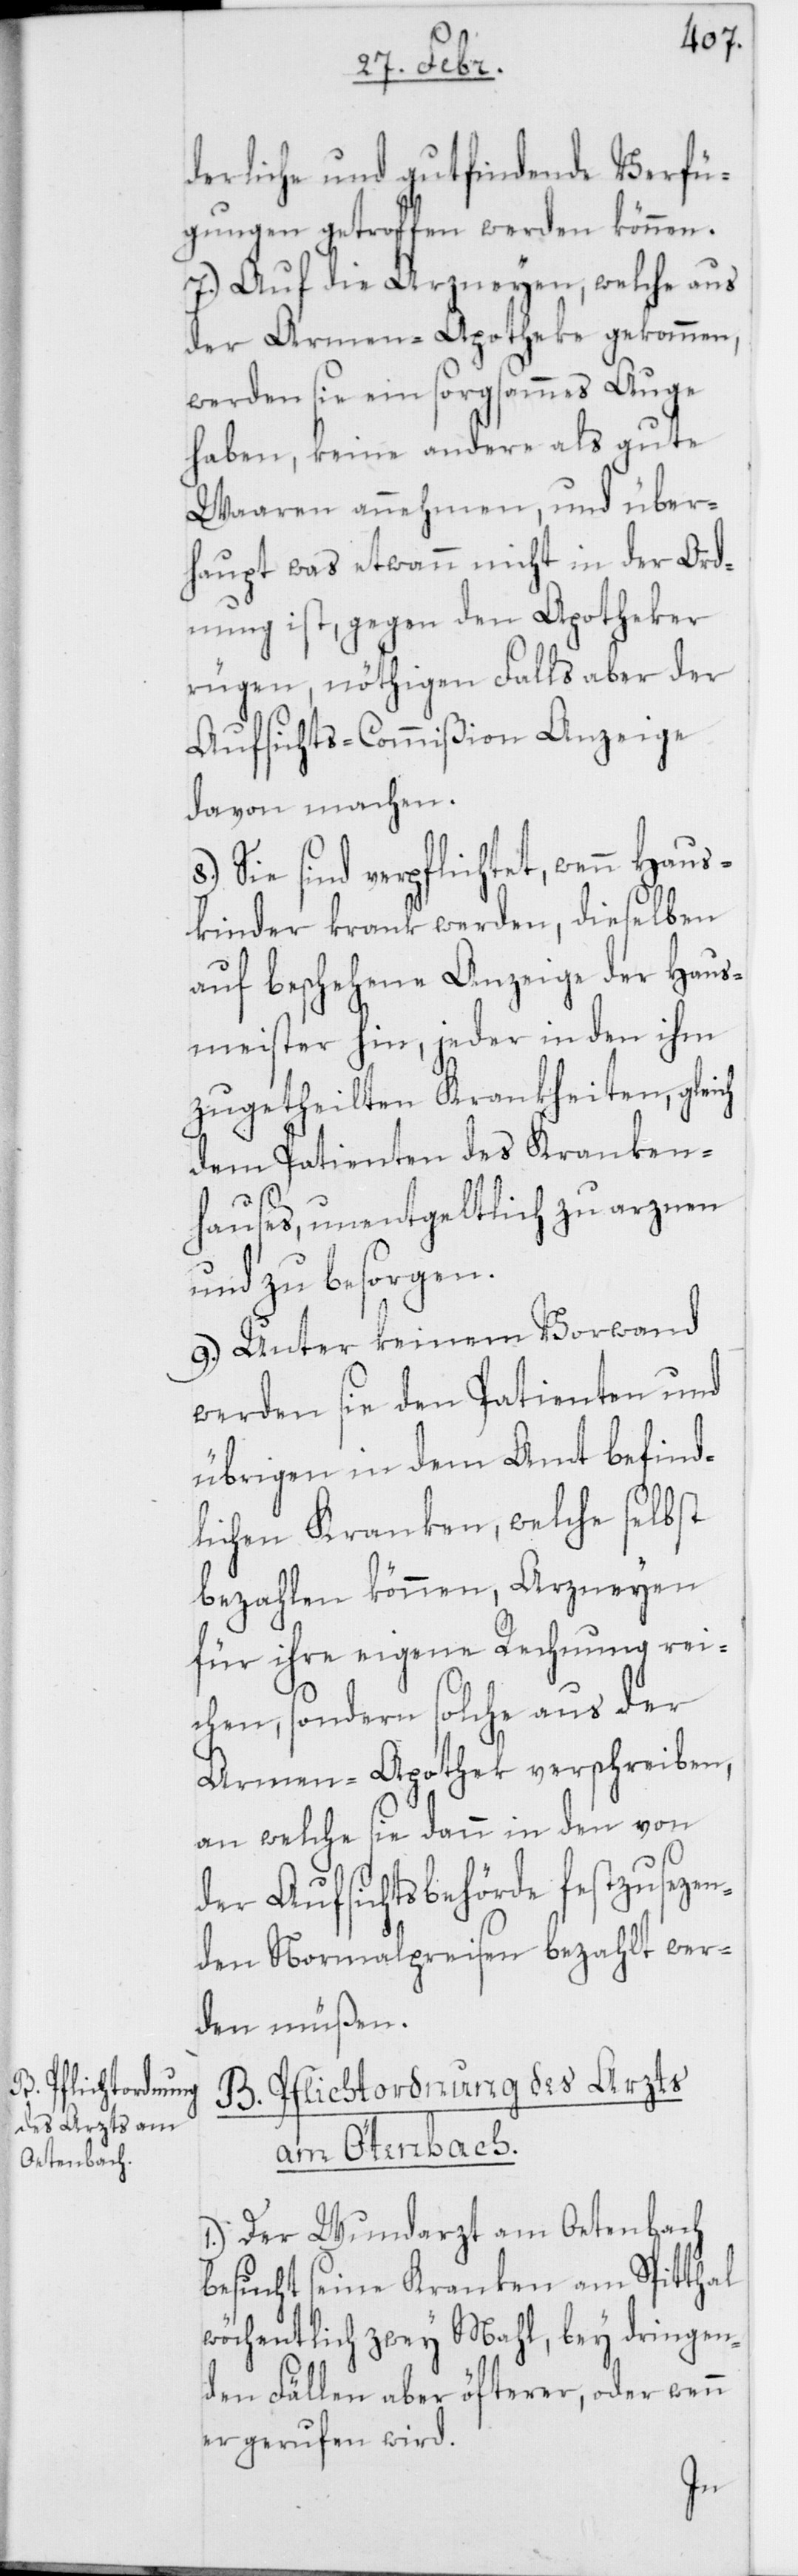
B. Pflichtordnung
des Arzts am
Ötenbach.

liche und gutfindende Verfü¬
gungen getroffen werden können.
7.) Auf die Arzneyen, welche aus
der Armen-Apotheke gekommen,
werden sie ein sorgsammes Auge
haben, keine andere als gute
Waaren annehmen, und über¬
haupt was etwann nicht in der Ord¬
nung ist, gegen den Apotheker
rügen, nöthigen Falls aber der
Aufsichts-Commißion Anzeige
davon machen.
Sie sind verpflichtet, wenn Haus¬
kinder krank werden, dieselben
auf beschehene Anzeige der Haus¬
meister hin, jeder in den ihm
zugetheilten Krankheiten, gleich
dem Patienten des Kranken¬
hauses, unentgeldlich zu arznen
und zu besorgen.
9.) Unter keinem Vorwand
werden sie den Patienten und
übrigen in dem Amt befind¬
lichen Kranken, welche selbst
bezahlen können, Arzneyen
für ihre eigene Rechnung rei¬
chen, sondern solche aus der
Armen-Apothek verschreiben,
an welche sie dann in den von
der Aufsichtsbehörde festzusezen¬
den Normalpreisen bezahlt wer¬
den müßen.
1.) Der Wundarzt am Oetenbach
besucht seine Kranken am Spitthal
wöchentlich zwey Mahl, bey dringen¬
den Fällen aber öfterer, oder wenn
er gerufen wird.